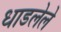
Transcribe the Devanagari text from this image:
धाडलेले